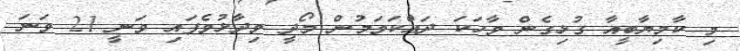
މި ކާމިޔާބީއާ ގުޅިގެން ވާހަކަ ދައްކަވަމުން މޯދީ ވިދާޅުވެފައި ވަނީ 21 ވަނަ